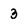
Character: 3